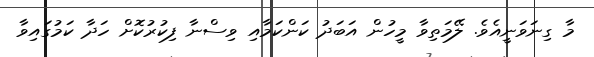
މާ ގިނަވަނީއެވެ. ލޭމަތިވާ މީހުން އަބަދު ކަންކަމާއި ވިސްނާ ފިކުރުކޮށް ހަދާ ކަމުގައިވާ